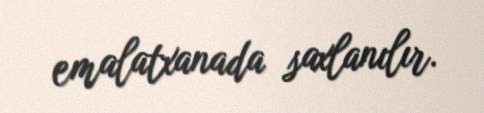
emalatxanada saxlanılır.